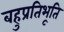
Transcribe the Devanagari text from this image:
बहुप्रतिभूति